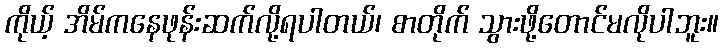
ကိုယ့် အိမ်ကနေဖုန်းဆက်လို့ရပါတယ်၊ စာတိုက် သွားဖို့တောင်မလိုပါဘူး။